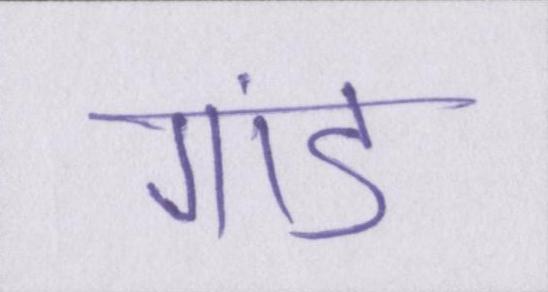
गांड